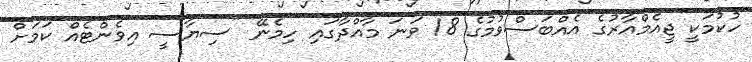
ހުކުމަކީ ޖީއެމްއާރުގެ އެއްބަސްވުމުގެ 18 ވަނަ މާއްދާގައި ހިމެނޭ "ސިޔާސީ އިވެންޓެއް ކަމަށް